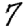
Digit: 7